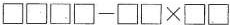
$$\Box \Box \Box \Box - \Box\Box \times \Box \Box